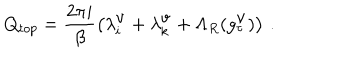
Q _ { t o p } = \frac { 2 \pi i } { \beta } \left( \lambda _ { i } ^ { \mathrm { v } } + \lambda _ { k } ^ { \mathrm { v } } + \Lambda _ { R } ( g _ { \tau } ^ { \mathrm { v } } ) \right) \, .